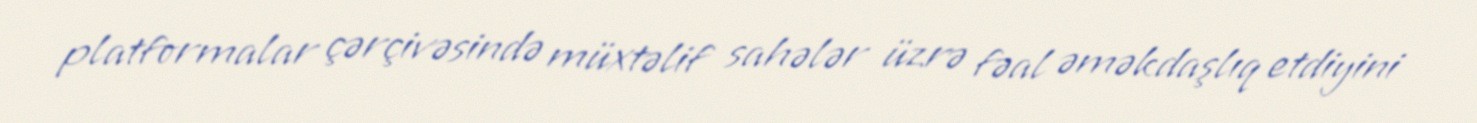
platformalar çərçivəsində müxtəlif sahələr üzrə fəal əməkdaşlıq etdiyini